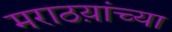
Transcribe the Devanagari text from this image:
मराठय़ांच्या